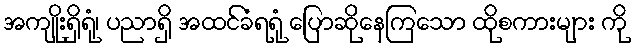
အကျိုးရှိရုံ၊ ပညာရှိ အထင်ခံရရုံ ပြောဆိုနေကြသော ထိုစကားများ ကို